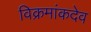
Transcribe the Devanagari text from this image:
विक्रमांकदेव